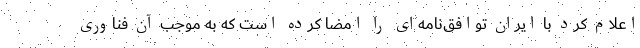
اعلام کرد با ایران توافق‌نامه‌ای را امضا کرده است که به موجب آن فناوری